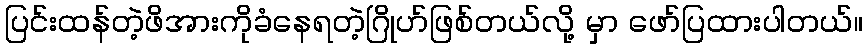
ပြင်းထန်တဲ့ဖိအားကိုခံနေရတဲ့ဂြိုဟ်ဖြစ်တယ်လို့ မှာ ဖော်ပြထားပါတယ်။